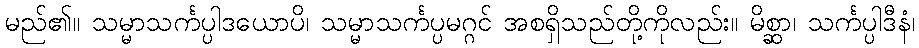
မည်၏။ သမ္မာသင်္ကပ္ပါဒယောပိ၊ သမ္မာသင်္ကပ္ပမဂ္ဂင် အစရှိသည်တို့ကိုလည်း။ မိစ္ဆာ၊ သင်္ကပ္ပါဒီနံ၊